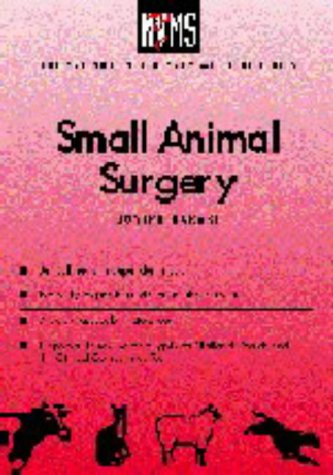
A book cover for Nvms Small Animal Surgery (National Veterinary Medical Series for Independent Study); Harari; Medical Books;